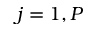
j = 1 , P